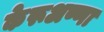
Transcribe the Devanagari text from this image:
केरूअण्णा